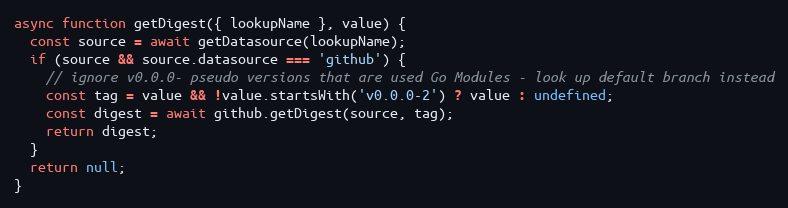
Language: JavaScript
async function getDigest({ lookupName }, value) {
  const source = await getDatasource(lookupName);
  if (source && source.datasource === 'github') {
    // ignore v0.0.0- pseudo versions that are used Go Modules - look up default branch instead
    const tag = value && !value.startsWith('v0.0.0-2') ? value : undefined;
    const digest = await github.getDigest(source, tag);
    return digest;
  }
  return null;
}